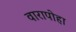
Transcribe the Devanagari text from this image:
वारापोहा